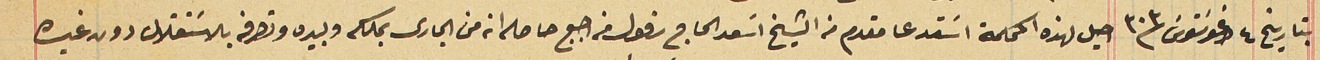
بتاريخ ٤ اغوسَتوس سنة ٣٠٣ احيل لهذه المحكمة اسَتدعا مقدم من الشيخ اسَعد الحاج رفول من اجبع حاصله انه من الجارى بملكه وبيده وتصرفه بالاسَتقلال دون غيره